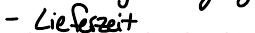
- Lieferzeit